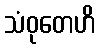
သံဝုတေဟိ